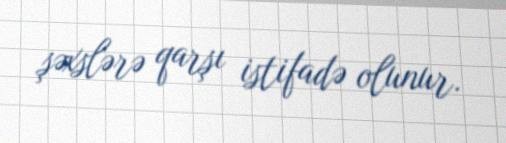
şəxslərə qarşı istifadə olunur.